Report of the Indian Hemp Drugs Commission, 1894-1895 - Volume V
Year: 1894
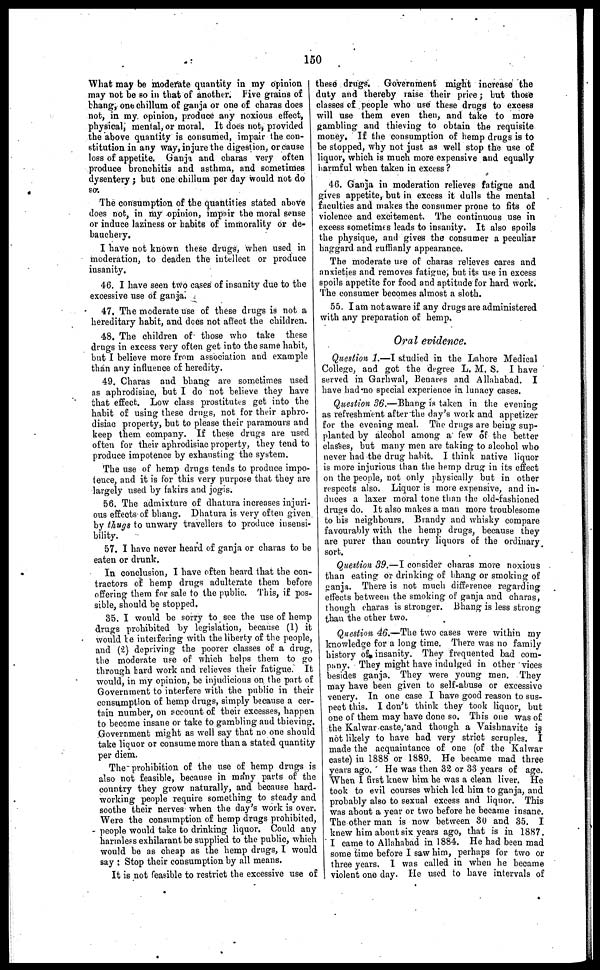
150
What may be moderate quantity in my opinion I
may not be so in that of another. Five grains of
bhang, one chillum of ganja or one of charas does
not, in my opinion, produce any noxious effect,
physical, mental, or moral. It does not, provided
the above quantity is consumed, impair the con-
stitution in any way, in jure the digestion, or cause
loss of appetite. Ganja and charas very often
produce bronchitis and asthma, and sometimes
dysentery; but one chillum per day would not do
so.
The consumption of the quantities stated above
does not, in my opinion, impair the moral sense
or induce laziness or habits of immorality or de-
bauchery,
I have not known these drugs, when used in
moderation, to deaden the intellect or produce
insanity.
46. I have seen two cases of insanity due to the
excessive use of ganja.
47. The moderate use of these drugs is not a
hereditary habit, and does not affect the children.
48. The children of those who take these
drugs in excess very often get into the same habit,
but I believe more from association and example
than any influence of heredity.
49. Charas and bhang are sometimes used
as aphrodisiac, but I do not believe they have
that effect. Low class prostitutes get into the
habit of using these drugs, not for their aphro-
disiac property, but to please their paramours and
keep them company. If these drugs are used
often for their aphrodisiac property, they tend to
produce impotence by exhausting the system.
The use of hemp drugs tends to produce impo-
tence, and it is for this very purpose that they are
largely used by fakirs and jogis.
56. The admixture of dhatura increases injuri-
ous effects of bhang. Dhatura is very often given
by thugs to unwary travellers to produce insensi-
bility.
57. I have never heard of ganja or charas to be
eaten or drunk.
In conclusion, I have often heard that the con-
tractors of hemp drugs adulterate them before
offering them for sale to the public. This, if pos-
sible, should be stopped.
35. I would be sorry to see the use of hemp
drugs prohibited by legislation, because (1) it
would be interfering with the liberty of the people,
and (2) depriving the poorer classes of a drug,
the moderate use of which helps them to go
through bard work and relieves their fatigue. It
would, in my opinion, be injudicious on the part of
Government to interfere with the public in their
consumption of hemp drugs, simply because a cer-
tain number, on account of their excesses, happen
to become insane or take to gambling and thieving.
Government might as well say that no one should
take liquor or consume more than a stated quantity
per diem.
The prohibition of the use of hemp drugs is
also not feasible, because in many parts of the
country they grow naturally, and because hard-
working people require something to steady and
soothe their nerves when the day's work is over.
Were the consumption of hemp drugs prohibited,
people would take to drinking liquor. Could any
harmless exhilarant be supplied to the public, which
would be as cheap as the hemp drugs, I would
say: Stop their consumption by all means.
It is not feasible to restrict the excessive use of
these drugs. Government might increase the
duty and thereby raise their price; but those
classes of people who use these drugs to excess
will use them even then, and take to more
gambling and thieving to obtain the requisite
money, If the consumption of hemp drugs is to
be stopped, why not just as well stop the use of
liquor, which is much more expensive and equally
harmful when taken in excess?
46. Ganja in moderation relieves fatigue and
gives appetite, but in excess it dulls the mental
faculties and makes the consumer prone to fits of
violence and excitement. The continuous use in
excess sometimes leads to insanity. It also spoils
the physique, and gives the consumer a peculiar
haggard and ruffianly appearance.
The moderate use of charas relieves cares and
anxieties and removes fatigue, but its use in excess
spoils appetite for food and aptitude for hard work.
The consumer becomes almost a sloth.
55. I am not aware if any drugs are administered
with any preparation of hemp.
Oral evidence.
Question 1.—I studied in the Lahore Medical
College, and got the degree L. M. S. I have
served in Garhwal, Benares and Allahabad. I
have had no special experience in lunacy cases.
Question 36.—Bhang is taken in the evening
as refreshment after the day's work and appetizer
for the evening meal. The drugs are being sup-
planted by alcohol among a few of the better
classes, but many men are talcing to alcohol who
never had the drug habit. I think native liquor
is more injurious than the hemp drug in its effect
on the people, not only physically but in other
respects also. Liquor is more expensive, and in-
duces a laxer moral tone than the old-fashioned
drugs do. It also makes a man more troublesome
to his neighbours. Brandy and whisky compare
favourably with the hemp drugs, because they
are purer than country liquors of the ordinary
sort.
Question 39.—I consider charas more noxious
than eating or drinking of bhang or smoking of
ganja. There is not much difference regarding
effects between the smoking of ganja and charas,
though charas is stronger. Bhang is less strong
than the other two.
Question 46.—The two cases were within my
knowledge for a long time. There was no family
history of insanity. They frequented bad com-
pany. They might have indulged in other vices
besides ganja. They were young men. They
may have been given to self-abuse or excessive
venery. In one case I have good reason to sus-
pect this. I don't think they took liquor, but
one of them may have done so. This one was of
the Kalwar caste, and though a Vaishnavite is
not likely to have had very strict scruples. I
made the acquaintance of one (of the Kalwar
caste) in 1888 or 1889. He became mad three
years ago. He was then 32 or 33 years of age.
When I first knew him he was a clean liver. He
took to evil courses which led him to ganja, and
probably also to sexual excess and liquor. This
was about a year or two before he became insane.
The other man is now between 30 and 35. I
knew him about six years ago, that is in 1887.
I came to Allahabad in 1884. He had been mad
some time before I saw him, perhaps for two or
three years. I was called in when he became
violent one day. He used to have intervals of